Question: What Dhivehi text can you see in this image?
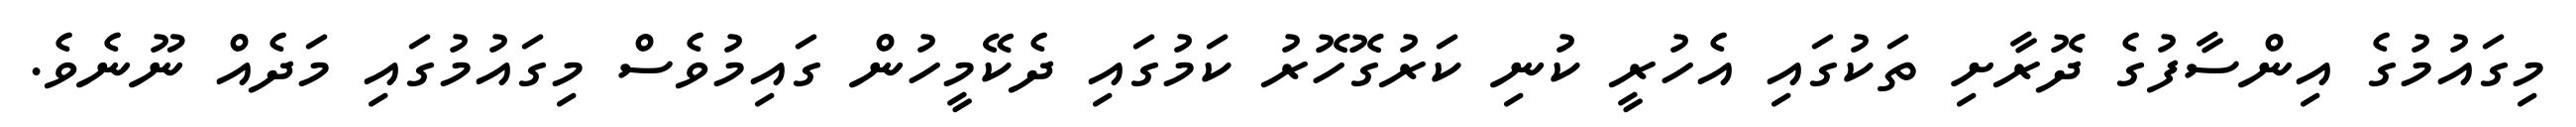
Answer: މިގައުމުގެ އިންސާފުގެ ދޮރާށި ތަކުގައި އެހުރީ ކުނި ކަރުގޮހޮރު ކަމުގައި ދެކޭމީހުން ގައިމުވެސް މިގައުމުގައި މަދެއް ނޫނެވެ.